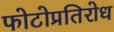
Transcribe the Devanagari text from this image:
फोटोप्रतिरोध